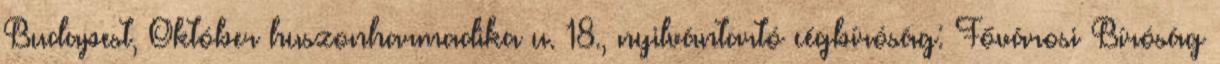
Budapest, Október huszonharmadika u. 18., nyilvántartó cégbíróság: Fővárosi Bíróság